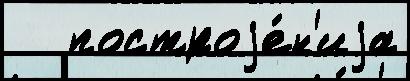
   построjе́н'иjа